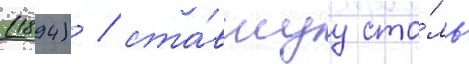
(1894) / ста́вшуу сто́ль